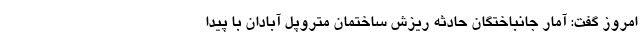
امروز گفت: آمار جانباختگان حادثه ریزش ساختمان متروپل آبادان با پیدا